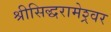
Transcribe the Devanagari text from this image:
श्रीसिद्धरामेश्र्वर